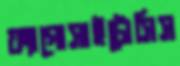
ফ্যাগোসাইটোসিস